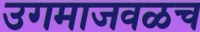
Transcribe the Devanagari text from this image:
उगमाजवळच